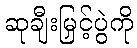
ဆုချီးမြှင့်ပွဲကို